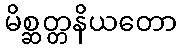
မိစ္ဆတ္တနိယတော